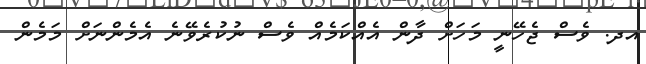
އދ. ވެސް ޖެހޭނީ މަހަށް ދާން އެއްކަމެއް ވެސް ނުކުރެވޭނެ އެމެންނަށް މަމެން